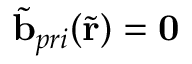
\tilde { \mathbf { b } } _ { p r i } ( \tilde { \mathbf { r } } ) = \mathbf { 0 }